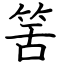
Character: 筈